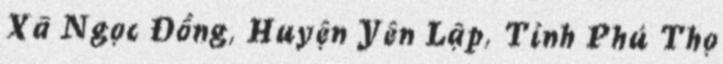
Xã Ngọc Đồng, Huyện Yên Lập, Tỉnh Phú Thọ